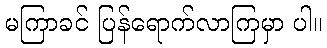
မကြာခင် ပြန်ရောက်လာကြမှာ ပါ။